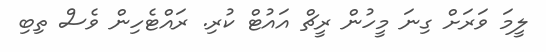
ލީމަ ވަރަށް ގިނަ މީހުން ރީޗް އައުޓް ކުރި. ރައްޓެހިން ވެސް ތިބި